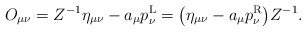
\begin{gather*}O_{\mu\nu}=Z^{-1}\eta_{\mu\nu}-a_\mu p^{\rm L}_\nu=\big(\eta_{\mu\nu}- a_\mu p_\nu^{\rm R}\big)Z^{-1}.\end{gather*}